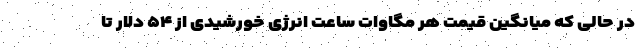
در حالی که میانگین قیمت هر مگاوات ساعت انرژی خورشیدی از ۵۴ دلار تا